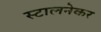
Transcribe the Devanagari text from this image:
स्टालनेकर